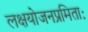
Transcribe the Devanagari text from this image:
लक्षयोजनप्रमिताः